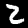
Digit: 2